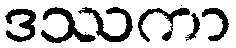
ဒဿကာ